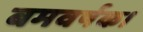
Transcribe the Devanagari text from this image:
बमवर्षक।